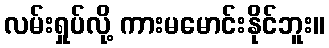
လမ်းရှုပ်လို့ ကားမမောင်းနိုင်ဘူး။